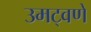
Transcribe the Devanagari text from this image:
उमट्वणे